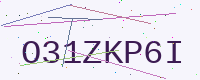
Text: O31ZKP6I